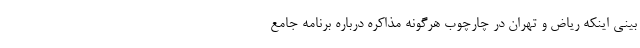
بینی اینکه ریاض و تهران در چارچوب هرگونه مذاکره درباره برنامه جامع